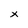
Character: x